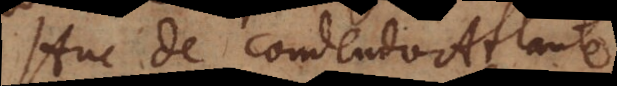
Huc de condendo Atlante